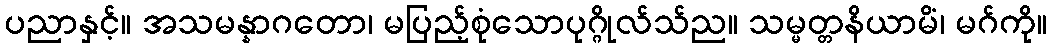
ပညာနှင့်။ အသမန္နာဂတော၊ မပြည့်စုံသောပုဂ္ဂိုလ်သ်ည။ သမ္မတ္တနိယာမိံ၊ မဂ်ကို။